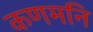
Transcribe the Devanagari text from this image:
कणमनि